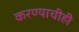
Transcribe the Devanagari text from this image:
करण्‍याचीही